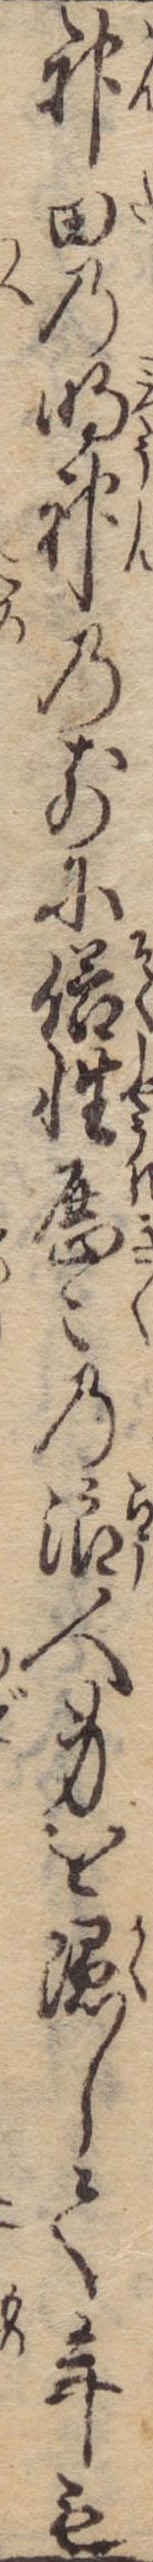
神田の明神の前に俗性歴々の浪人身を隠して年も